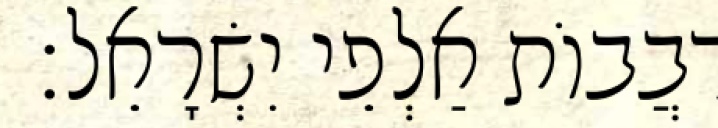
רִבֲבוֹת אַלְפֵי יִשְׂרָאֵל׃